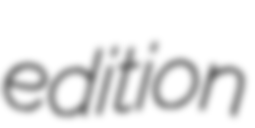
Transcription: edition